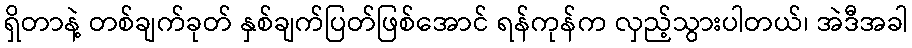
ရှိတာနဲ့ တစ်ချက်ခုတ် နှစ်ချက်ပြတ်ဖြစ်အောင် ရန်ကုန်က လှည့်သွားပါတယ်၊ အဲဒီအခါ